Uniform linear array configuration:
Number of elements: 16
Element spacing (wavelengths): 0.75
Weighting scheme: hamming
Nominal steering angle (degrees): -30
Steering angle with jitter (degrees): -28.925
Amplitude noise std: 0.05
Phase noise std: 0.05

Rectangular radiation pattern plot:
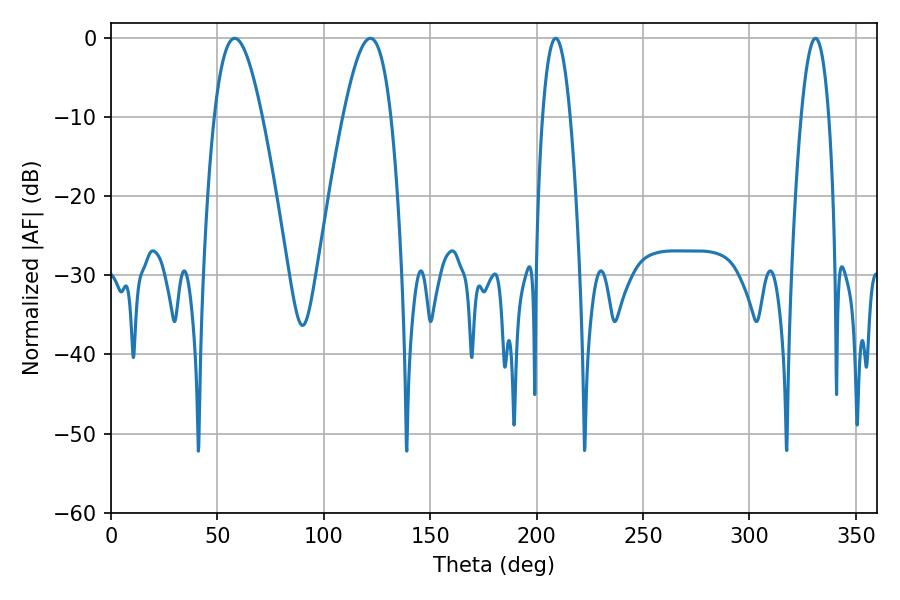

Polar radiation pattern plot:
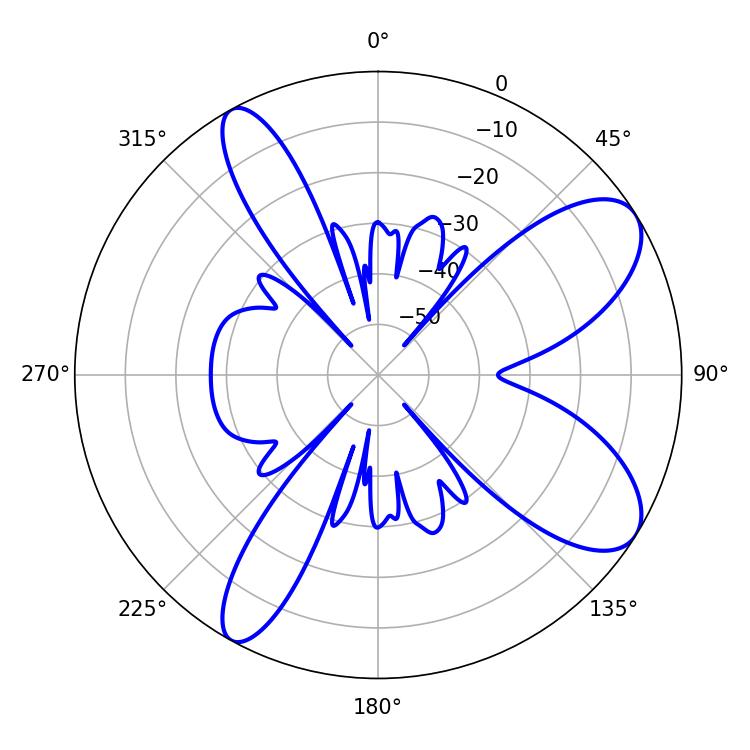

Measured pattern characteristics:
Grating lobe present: TRUE
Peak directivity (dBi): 8.825
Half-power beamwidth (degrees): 12.24
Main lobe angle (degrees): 58.14